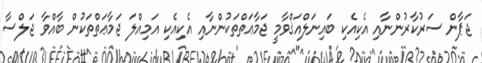
ޖަޕާން ސަރުކާރުންނާއި އެކިއެކި ބައިނަލްއަޤްވާމީ ޖަމާޢަތްތަކުންނާއި އެކިއެކި އަމިއްލަ ޖަމާޢަތްތަކުން ބާއްވާ ޖަލްސާ